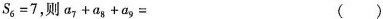
$$S _ { 6 } = 7$$，则$$a _ { 7 } + a _ { 8 } + a _ { 9 } =$$ ( )